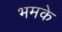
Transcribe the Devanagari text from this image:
भमके